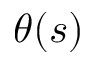
\theta ( s )